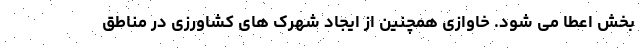
بخش اعطا می شود. خاوازی همچنین از ایجاد شهرک های کشاورزی در مناطق